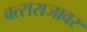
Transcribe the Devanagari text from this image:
वत्सराजावर